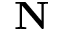
\mathbf { N }